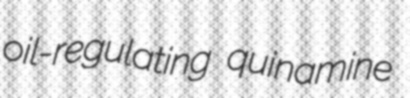
oil-regulating quinamine